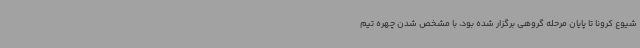
شیوع کرونا تا پایان مرحله گروهی برگزار شده بود، با مشخص شدن چهره تیم